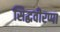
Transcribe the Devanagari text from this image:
सिद्धवीरप्पा